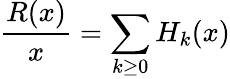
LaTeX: \frac{R(x)}{x}=\sum_{k\ge 0}H_{k}(x)